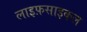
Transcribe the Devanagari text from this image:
लाइफ़साइकल